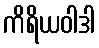
ကိရိယဝါဒါ